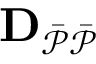
\mathbf { D _ { \mathcal { \Bar { P } \Bar { P } } } }